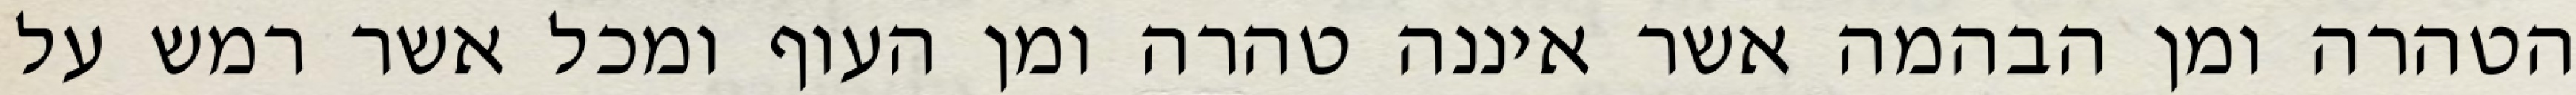
הטהרה ומן הבהמה אשר איננה טהרה ומן העוף ומכל אשר רמש על